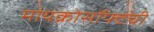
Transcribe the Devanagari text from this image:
मायक्रोसॉफ्टची